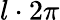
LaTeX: l\cdot 2\pi